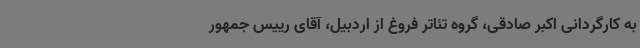
به کارگردانی اکبر صادقی، گروه تئاتر فروغ از اردبیل، آقای رییس جمهور